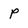
Character: p